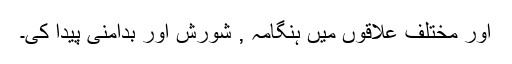
اور مختلف علاقوں میں ہنگامہ , شورش اور بدامنی پیدا کی۔